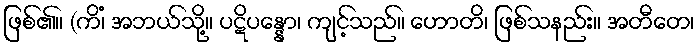
ဖြစ်၏။ (ကိံ၊ အဘယ်သို့။ ပဋိပန္နော၊ ကျင့်သည်။ ဟောတိ၊ ဖြစ်သနည်း။ အတီတေ၊